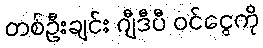
တစ်ဦးချင်း ဂျီဒီပီ ဝင်ငွေကို